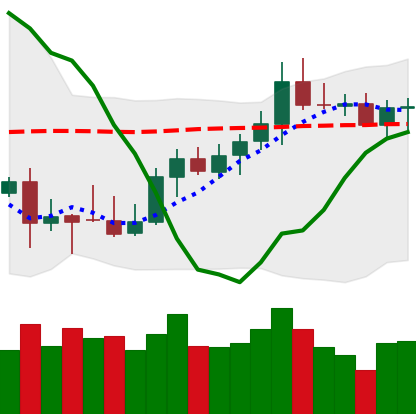
Ticker: XMR-USD
Chart end date: 2021-10-12
Forward return: -5.901%
Label: down_5_7